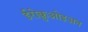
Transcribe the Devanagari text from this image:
ईरोक़ुओइअन